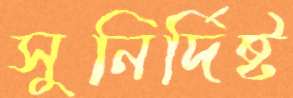
সুনির্দিষ্ট